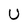
Character: U